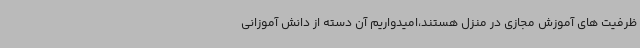
ظرفیت های آموزش مجازی در منزل هستند،امیدواریم آن دسته از دانش آموزانی